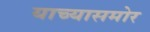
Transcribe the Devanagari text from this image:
याच्यासमोर